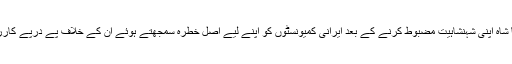
یہ وہ زمانہ تھا جب رضا شاہ اپنی شہنشاہیت مضبوط کرنے کے بعد ایرانی کمیونسٹوں کو اپنے لیے اصل خطرہ سمجھتے ہوئے ان کے خلاف پے درپے کاررائیوں میں مصروف تھا ۔